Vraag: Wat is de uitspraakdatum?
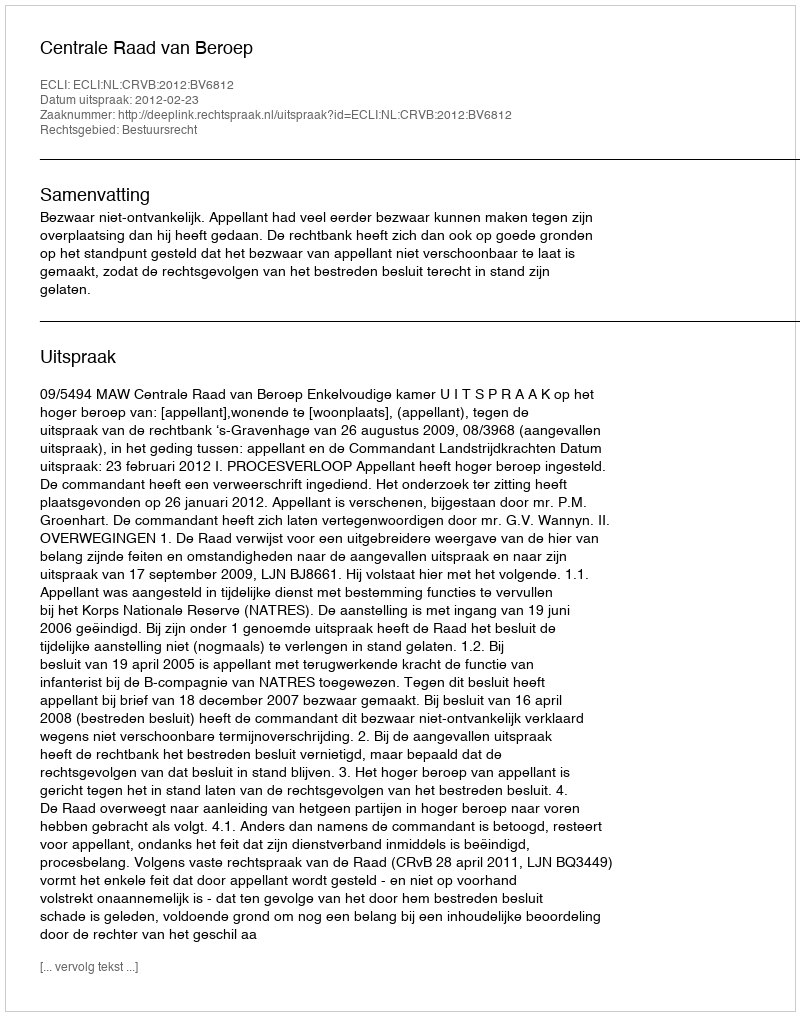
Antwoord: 2012-02-23